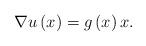
LaTeX: \begin{align*}\nabla u\left( x\right) =g\left( x\right) x.\end{align*}